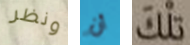
ونظر أن تلك